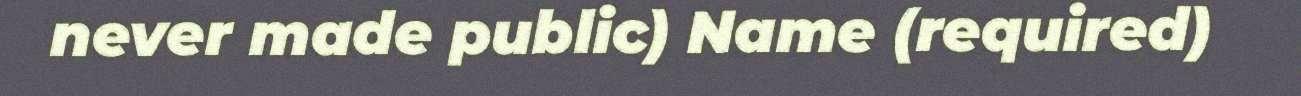
never made public) Name (required)